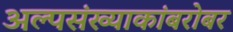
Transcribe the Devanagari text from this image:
अल्पसंख्याकांबरोबर